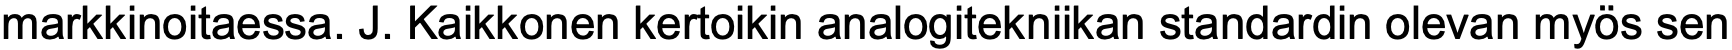
markkinoitaessa. J. Kaikkonen kertoikin analogitekniikan standardin olevan myös sen